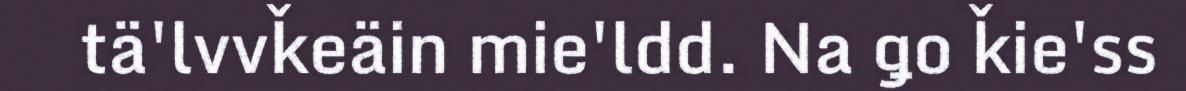
tä'lvvǩeäin mie'ldd. Na ǥo ǩie'ss